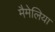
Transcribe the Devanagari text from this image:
मैमेलिया